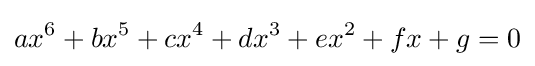
ax^{6}+bx^{5}+cx^{4}+dx^{3}+ex^{2}+fx+g=0